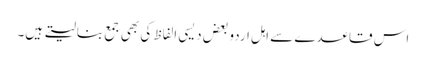
اس قاعدے سے اہلِ اردو بعض دیسی الفاظ کی بھی جمع بنالیتے ہیں۔